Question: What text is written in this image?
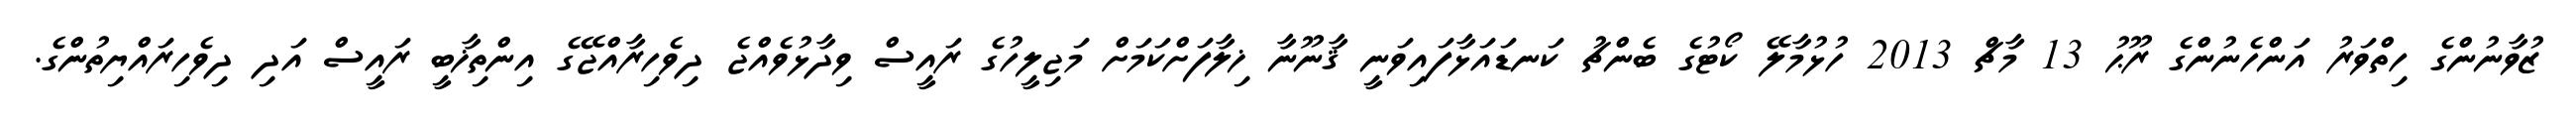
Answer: ޒުވާނުންގެ ހިތްވަރު އަންހެނުންގެ ރޫޙު 13 މާޗް 2013 ހުޅުމާލޭ ކޯޓުގެ ބެންޗު ކަނޑައަޅާފައިވަނީ ޤާނޫނާ ޚިލާފަށްކަމަށް މަޖިލީހުގެ ރައީސް ވިދާޅުވެއްޖެ ދިވެހިރާއްޖޭގެ އިންތިޚާބީ ރައީސް އަދި ދިވެހިރައްޔިތުންގެ.